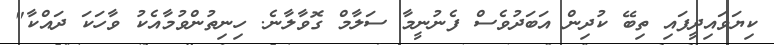
ކިޔަވައިދީފައި ތިބޭ ކުދިން އަބަދުވެސް ފެނުނީމާ ސަލާމް ގޮވާލާނެ. ހިނިތުންވުމާއެކު ވާހަކަ ދައްކާ"